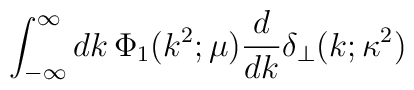
\int_{-\infty}^{\infty}dk\,\Phi_1(k^2;\mu)\frac{d}{dk}\delta_{\perp}(k;\kappa^2)